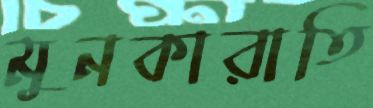
মুনকারাতি